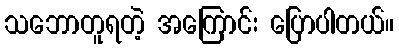
သဘောတူရတဲ့ အကြောင်း ပြောပါတယ်။